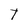
Character: T